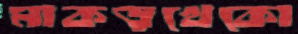
মাকড়খেকো